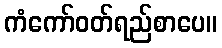
ကံကော်ဝတ်ရည်စာပေ။